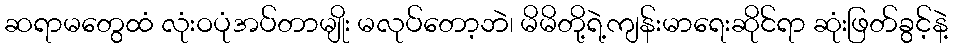
ဆရာမတွေထံ လုံးဝပုံအပ်တာမျိုး မလုပ်တော့ဘဲ၊ မိမိတို့ရဲ့ကျန်းမာရေးဆိုင်ရာ ဆုံးဖြတ်ခွင့်နဲ့